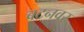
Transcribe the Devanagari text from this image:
बटनवर